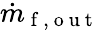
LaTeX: \dot{m}_{\mathrm{~f~,~o~u~t~}}